画像に写った文字を読んでください
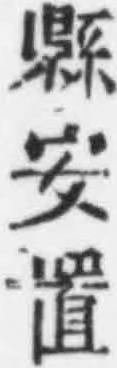
「縣安置」と書いてあります